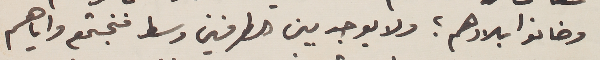
وخانوا بلادهم؟ ولا يوجد بين الطرفين وسط فنجتمع واياهم